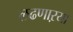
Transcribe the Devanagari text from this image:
लढणाऱया